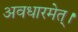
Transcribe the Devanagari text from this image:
अवधारमेत्।